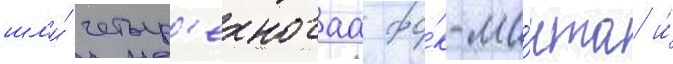
шл'и́ четыр'ехногаа фо́к-ма́чта и́